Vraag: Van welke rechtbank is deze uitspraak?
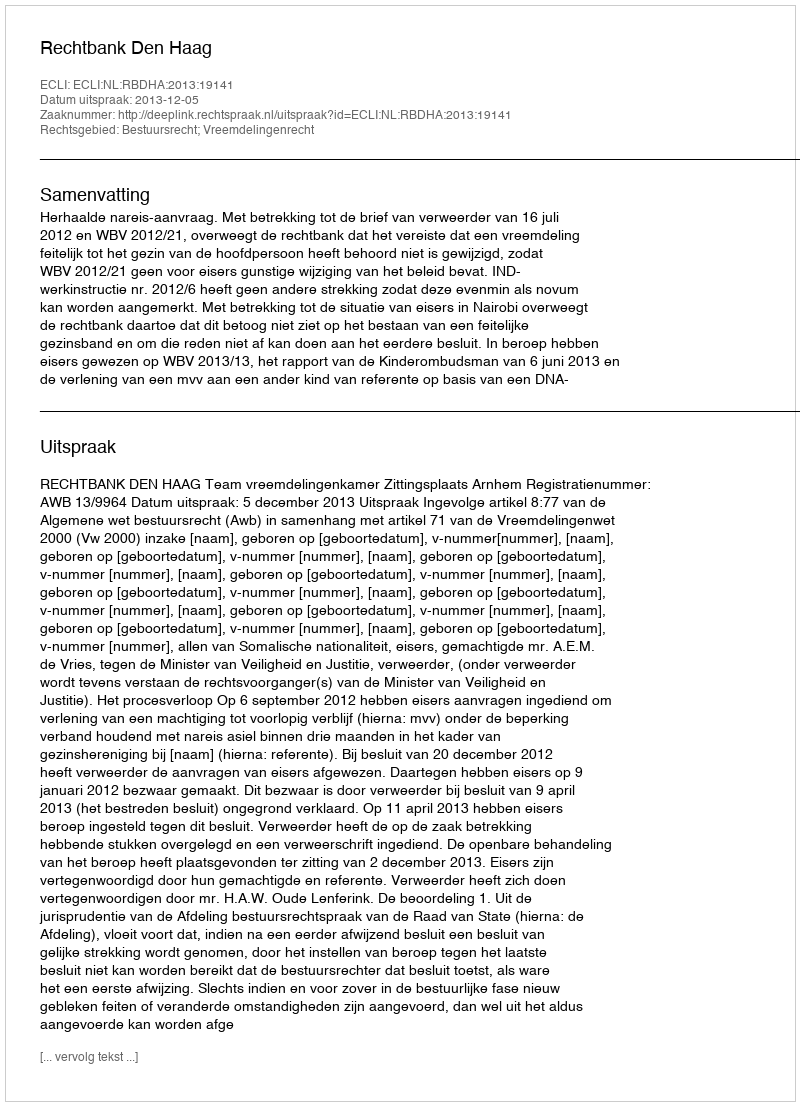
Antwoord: Rechtbank Den Haag